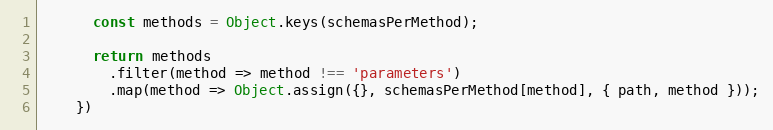
Language: JavaScript
      const methods = Object.keys(schemasPerMethod);

      return methods
        .filter(method => method !== 'parameters')
        .map(method => Object.assign({}, schemasPerMethod[method], { path, method }));
    })